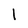
Character: I